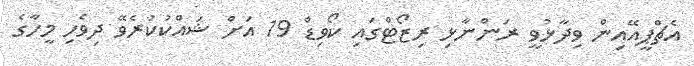
އެޗްޕީއޭއިން ވިދާޅުވީ ރަންނާޅި ރިޒޯޓްގައި ކޯވިޑް 19 އަށް ޝައްކުކުރެވޭ ދިވެހި މީހާގެ